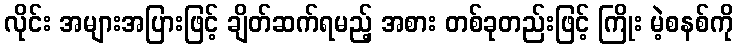
လိုင်း အများအပြားဖြင့် ချိတ်ဆက်ရမည့် အစား တစ်ခုတည်းဖြင့် ကြိုး မဲ့စနစ်ကို